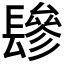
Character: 𰿕